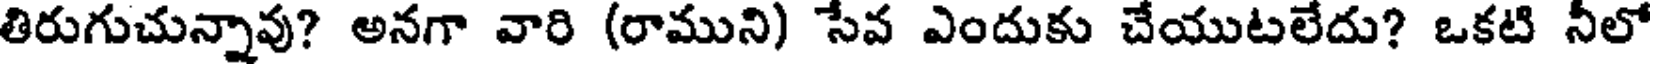
తిరుగుచున్నావు? అనగా వారి (రాముని) సేవ ఎందుకు చేయుటలేదు? ఒకటి నీలో